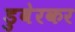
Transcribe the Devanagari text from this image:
डुबेरकर